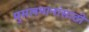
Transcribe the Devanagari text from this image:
मुसलमानांसाठी